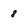
Character: 8